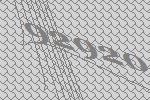
92920